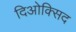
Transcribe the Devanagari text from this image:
दिओक्सिद